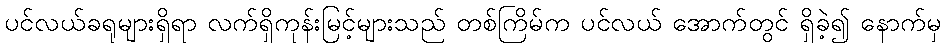
ပင်လယ်ခရုများရှိရာ လက်ရှိကုန်းမြင့်များသည် တစ်ကြိမ်က ပင်လယ် အောက်တွင် ရှိခဲ့၍ နောက်မှ